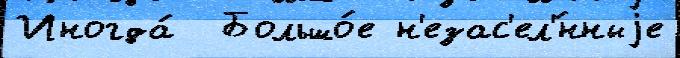
Иногда́  Большо́е н'езас'ел'́нныjе